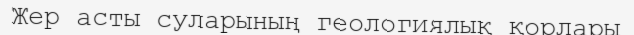
Жер асты суларының геологиялық қорлары